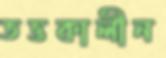
তত্তকালীন